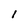
Character: l